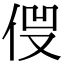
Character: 𠈿